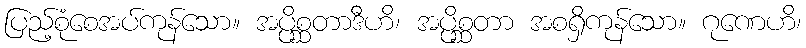
ပြည့်စုံစေအပ်ကုန်သော။ အပ္ပိစ္ဆတာဒီဟိ၊ အပ္ပိစ္ဆတာ အစရှိကုန်သော။ ဂုဏေဟိ၊